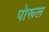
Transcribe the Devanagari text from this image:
पोरूल